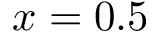
x = 0 . 5